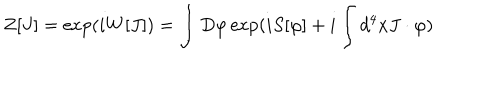
LaTeX: Z [ J ] = \exp ( i W [ J ] ) = \int D \varphi \exp ( i S [ \varphi ] + i \int d ^ { 4 } x J \cdot \varphi )